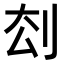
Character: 𠛗